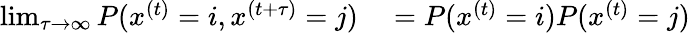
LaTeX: \begin{array}{rl}{\operatorname*{lim}_{\tau\rightarrow\infty}P(x^{(t)}=i,x^{(t+\tau)}=j)}&{{}=P(x^{(t)}=i)P(x^{(t)}=j)}\end{array}